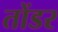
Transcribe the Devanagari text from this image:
तोंडर